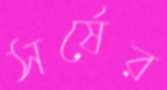
সর্ষের